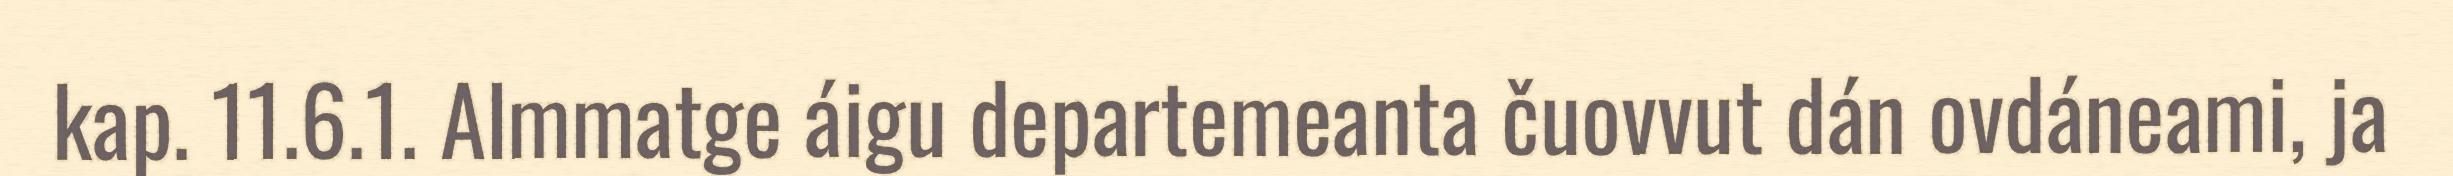
kap. 11.6.1. Almmatge áigu departemeanta čuovvut dán ovdáneami, ja